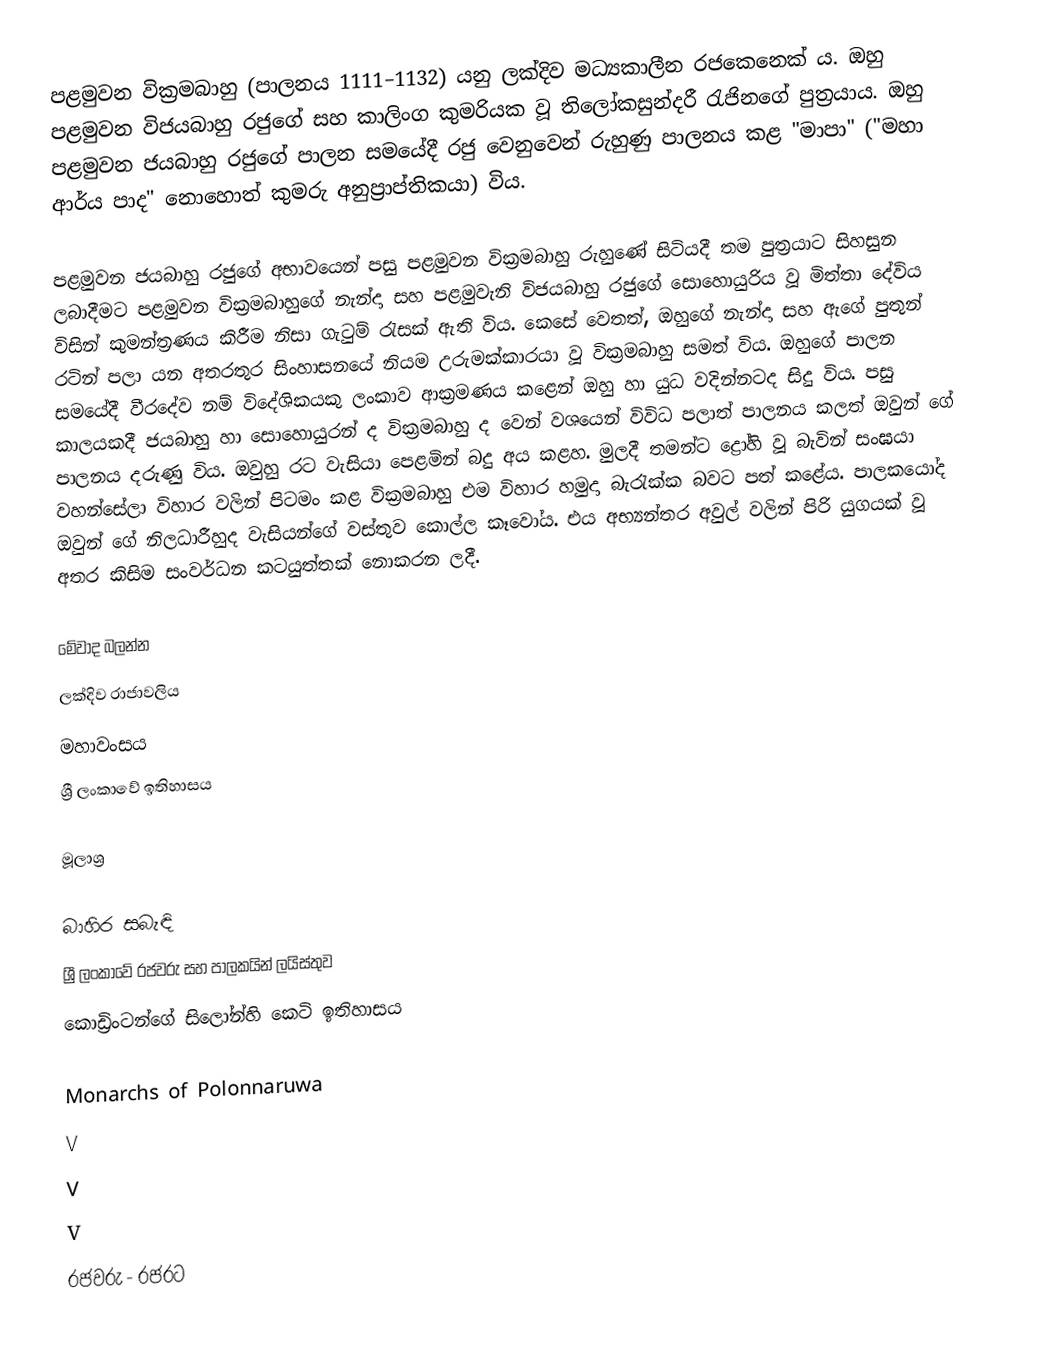
පළමුවන වික්‍රමබාහු (පාලනය 1111–1132) යනු ලක්දිව මධ්‍යකාලීන රජකෙනෙක් ය. ඔහු පළමුවන විජයබාහු රජුගේ සහ කාලිංග කුමරියක වූ තිලෝකසුන්දරී රැජිනගේ පුත්‍රයාය. ඔහු පළමුවන ජයබාහු රජුගේ පාලන සමයේදී රජු වෙනුවෙන් රුහුණු පාලනය කළ "මාපා" ("මහා ආර්ය පාද" නොහොත් කුමරු අනුප්‍රාප්තිකයා) විය.

පළමුවන ජයබාහු රජුගේ අභාවයෙන් පසු පළමුවන වික්‍රමබාහු රුහුණේ සිටියදී තම පුත්‍රයාට සිහසුන ලබාදීමට පළමුවන වික්‍රමබාහුගේ නැන්දා සහ පළමුවැනි විජයබාහු රජුගේ සොහොයුරිය වූ මිත්තා දේවිය විසින් කුමන්ත්‍රණය කිරීම නිසා ගැටුම් රැසක් ඇති විය. කෙසේ වෙතත්, ඔහුගේ නැන්දා සහ ඇගේ පුතුන් රටින් පලා යන අතරතුර සිංහාසනයේ නියම උරුමක්කාරයා වූ වික්‍රමබාහු සමත් විය. ඔහුගේ පාලන සමයේදී වීරදේව නම් විදේශිකයකු ලංකාව ආක්‍රමණය කළෙන් ඔහු හා යුධ වදින්නටද සිදු විය. පසු කාලයකදී ජයබාහු හා සොහොයුරන් ද වික්‍රමබාහු ද වෙන් වශයෙන් විවිධ පලාත් පාලනය කලත් ඔවුන් ගේ පාලනය දරුණු විය. ඔවුහු රට වැසියා පෙළමින් බදු අය කළහ. මුලදී තමන්ට ද්‍රෝහි වූ බැවින් සංඝයා වහන්සේලා විහාර වලින් පිටමං කළ වික්‍රමබාහු එම විහාර හමුදා බැරැක්ක බවට පත් කළේය. පාලකයෝද ඔවුන් ගේ නිලධාරීහුද වැසියන්ගේ වස්තුව කොල්ල කෑවෝය. එය අභ්‍යන්තර අවුල් වලින් පිරි යුගයක් වූ අතර කිසිම සංවර්ධන කටයුත්තක් නොකරන ලදී.

මේවාද බලන්න
 ලක්දිව රාජාවලිය
 මහාවංසය
 ශ්‍රී ලංකාවේ ඉතිහාසය

මූලාශ්‍ර

බාහිර සබැඳි
 ශ්‍රී ලංකාවේ රජවරු සහ පාලකයින් ලයිස්තුව
 කොඩ්‍රිංටන්ගේ සිලෝන්හි කෙටි ඉතිහාසය

Monarchs of Polonnaruwa
V
V
V
රජවරු - රජරට